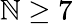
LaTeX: \mathbb{N}\ge7